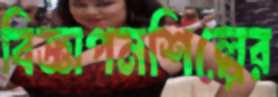
বিজ্ঞাপনশিল্পের